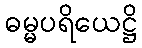
ဓမ္မပရိယေဋ္ဌိ